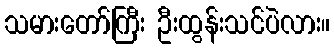
သမားတော်ကြီး ဦးထွန်းသင်ပဲလား။